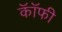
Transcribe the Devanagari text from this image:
कॉॅफी